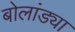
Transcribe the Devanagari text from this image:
बोलांड्या